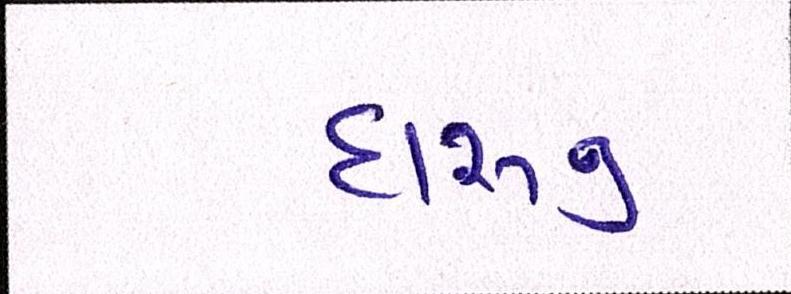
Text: દારૂનુ